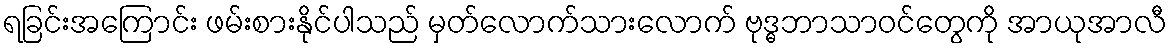
ရခြင်းအကြောင်း ဖမ်းစားနိုင်ပါသည် မှတ်လောက်သားလောက် ဗုဒ္ဓဘာသာဝင်တွေကို အာယုအာလီ